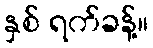
နှစ် ရက်ခန့်။